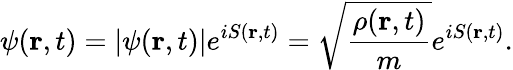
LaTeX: \psi(\mathbf{r},t)=|\psi(\mathbf{r},t)|e^{iS(\mathbf{r},t)}=\sqrt{\frac{\rho(\mathbf{r},t)}{m}}e^{iS(\mathbf{r},t)}.